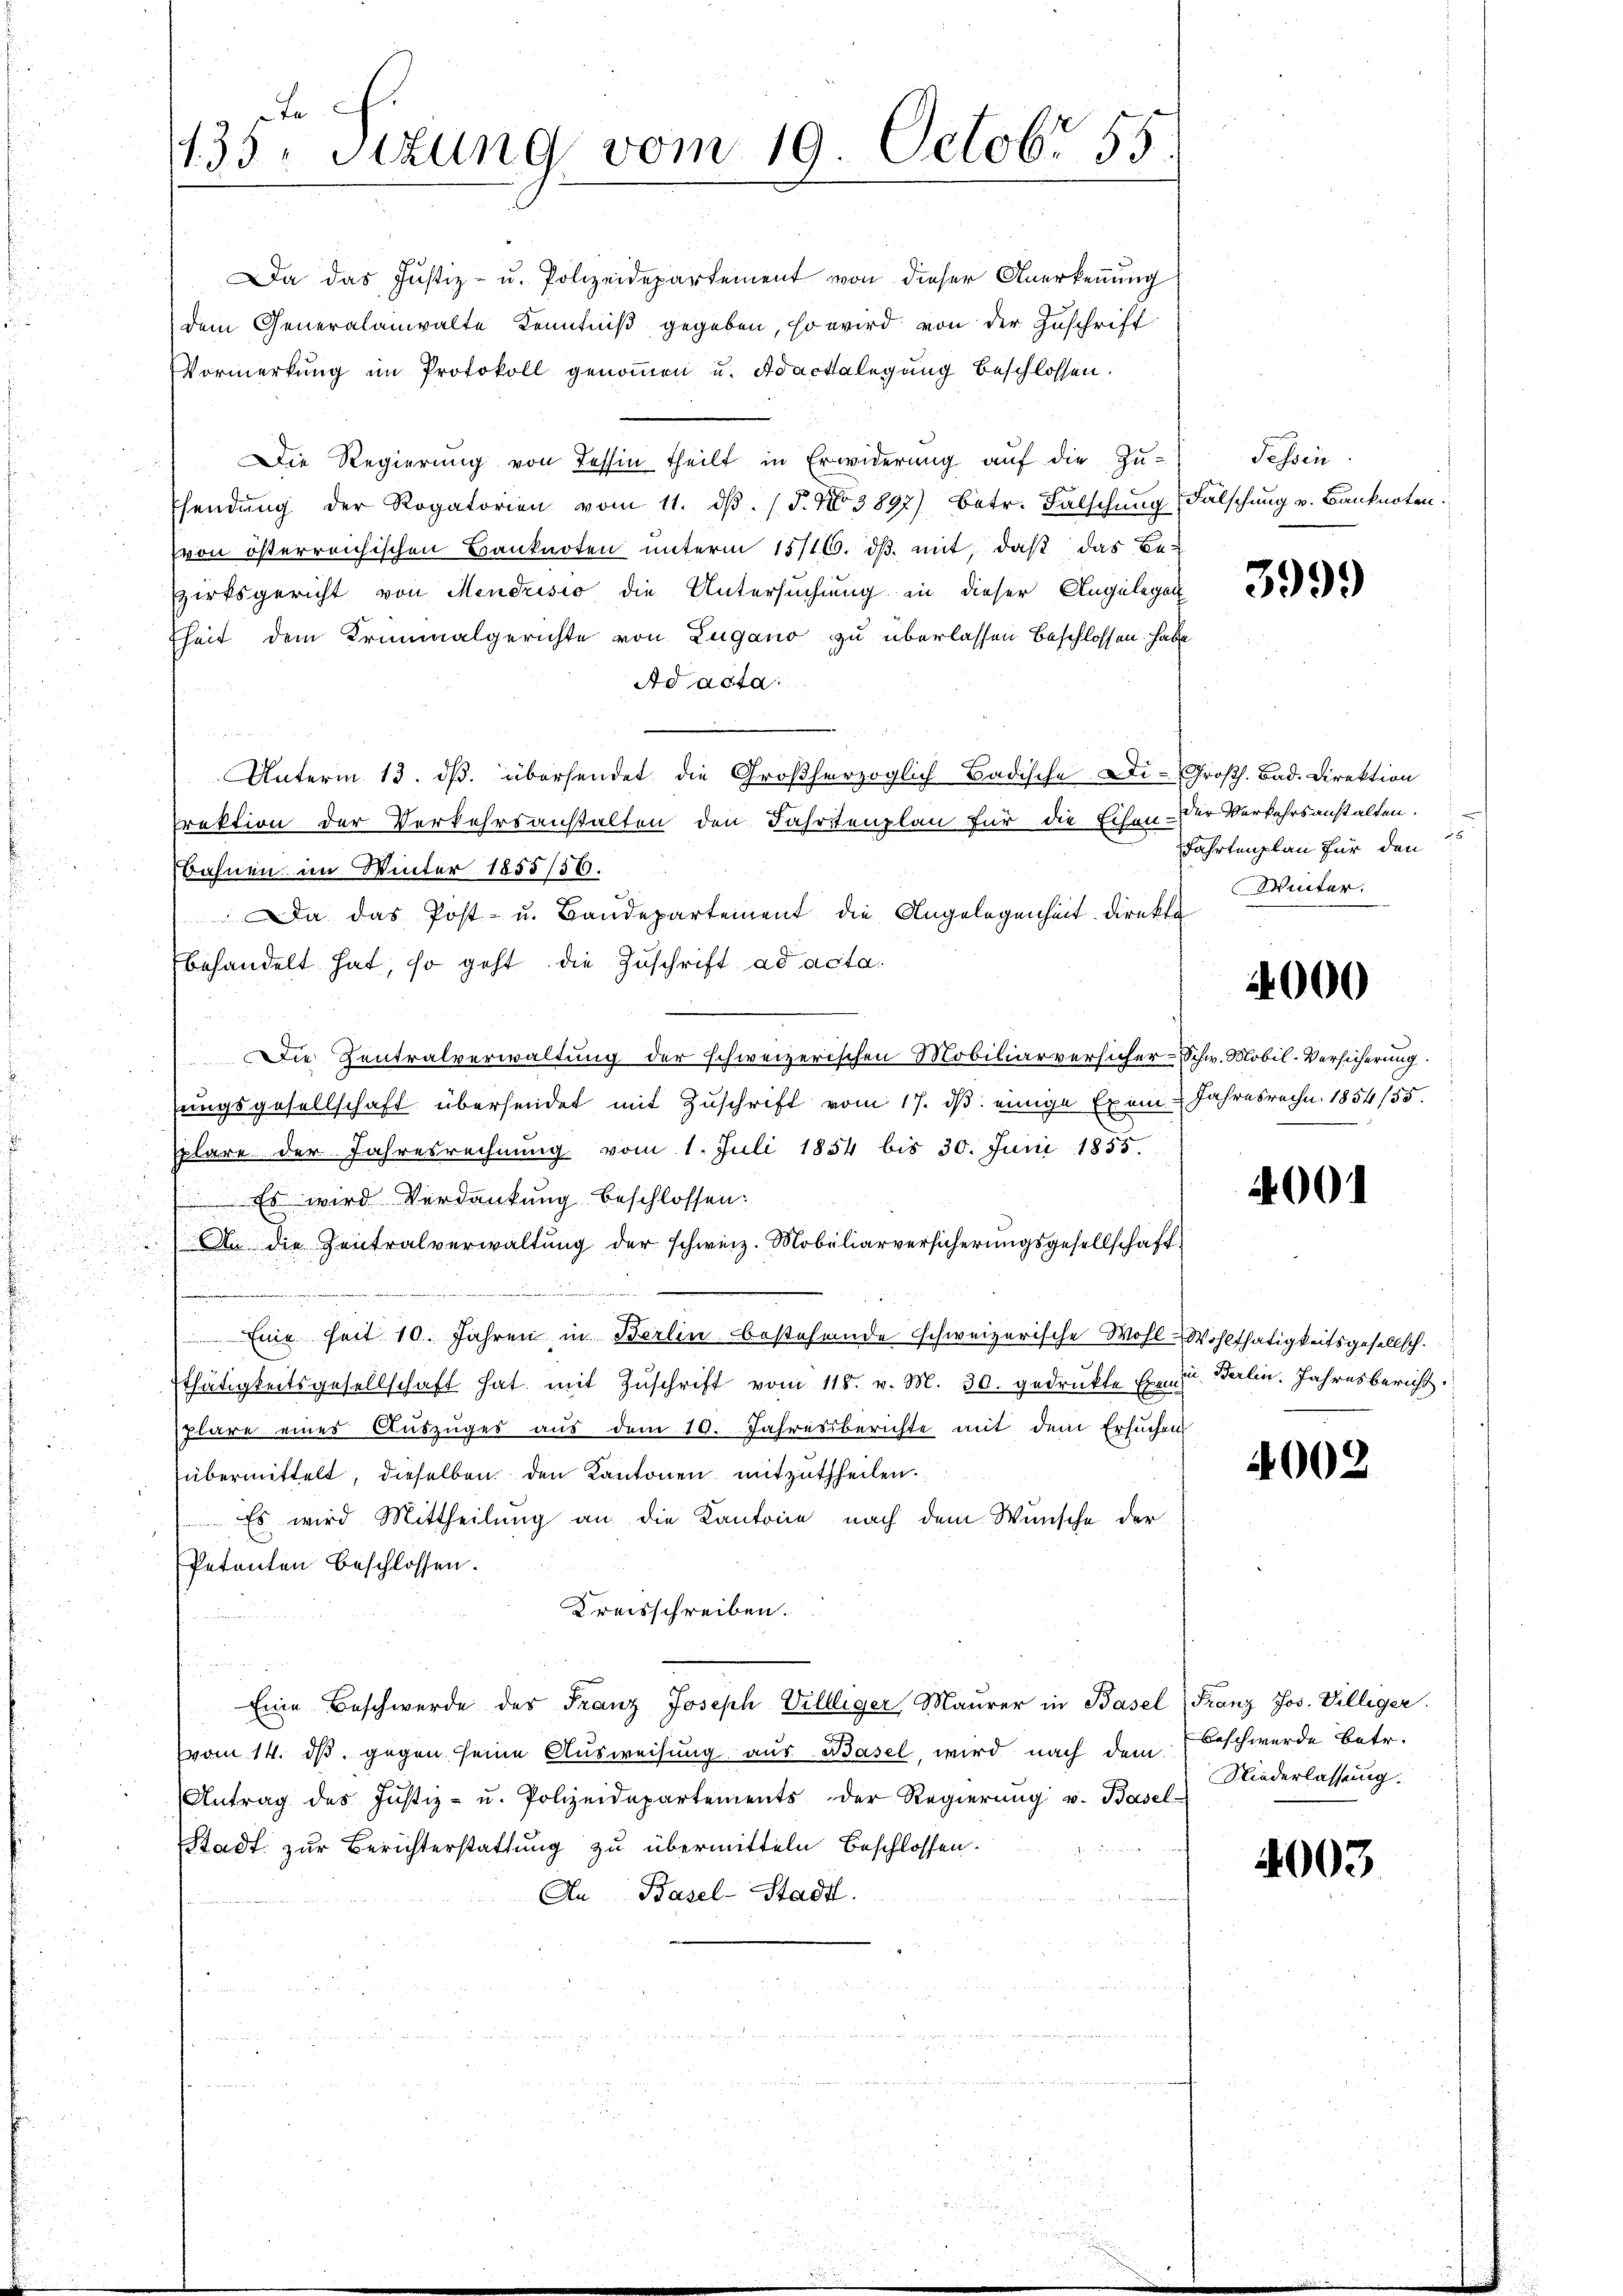
Ja
133. Sitzung vom 19. Octobr 55

Da das Justiz- u. Polizeidepartement von dieser Anerkennung
dem Generalanwalte Kenntniß gegeben, so wird von der Zuschrift
Vormerkung im Protokoll genommen u. Adactelegung beschlossen.
Die Regierung von Tessin theilt in Erwiderung auf die Zu-
Esendŭng der Rogatorien vom 11. dβ. (S. Nr. 3897) Betr. Falschŭng Fälschŭng v. Banknoten.
(von österreichischen Banknoten unterm 15/16. ds. mit, daß das Be-
zirksgericht von Mendrisio die Untersuchung in dieser Angelegen
fheit dem Kriminalgerichte von Zugano zu überlassen beschlossen habe
Ad acta
un
Unterm 13. dβ. übersendet die Großherzoglich-Badische Di-Großh. Bad. Direktion
Drektion der Verkehrsanstalten den Fahrtenplan für die Echen - der Verkehrsanstalten.
Bahnen im Winter 1858/50.
 Da das Post- u. Bandepartement die Angelegenheit Direkte
behandelt hat, so geht die Zuschrift ad acta.
Die Zentralverwaltung der schweizerischen Mobiliarversicher-Schw. Mobil-Versicherung
sungsgesellschaft übersendet mit Zuschrift vom 17. ds. einige Exemplare der Jahresrechnung vom 1. Juli 1854 bis 30. Juni 1855.
Es wird Verdankung beschlossen:
An die Zentralverwaltung der schweiz. Mobiliarversicherungsgesellschaft
Eine Zeit 10. Jahren in Berlin bestehende schweizerische Wohl-Wohlthätigkeitsgesellsch.
Ethätigkeitsgesellschaft hat mit Zŭschrift vom 118. v. M. 30. gedrukte Exen u. Berlin. Jahresbericht
plare eines Auszuges aus dem 19. Jahresberichte mit dem Ersuchen
übermittelt, dieselben den Kantonen mitzutheilen.
 Es wird Mittheilung an die Kantone nach dem Wunsche der
Petenten beschlossen:
Kreisschreiben.
Eine Beschwerde des Franz Joseph Williger Maurer in Basel Franz Jos. Villiger.
vom 14. ds. gegen seine Ausweisung aus Basel, wird nach dem
Antrag des Justiz- u. Polizeidepartements der Regierŭng u. Basel-
Stadt zur Berichterstattung zu übermitteln beschlossen.
An Basel-Stadt.

Tessin

3999

Fahrtenplan für den
Winter.

4000

Jahresrechn. 1854/55.

4001

4002

Beschwerde betr.
Niederlassung.

4003